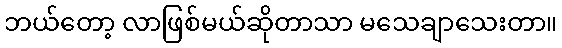
ဘယ်တော့ လာဖြစ်မယ်ဆိုတာသာ မသေချာသေးတာ။